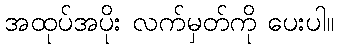
အထုပ်အပိုး လက်မှတ်ကို ပေးပါ။